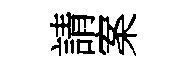
請案